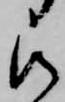
被